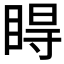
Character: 𥇹